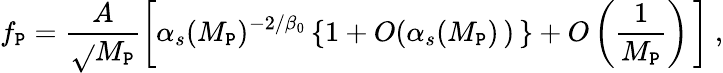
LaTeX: f_{\mathtt{P}}=\frac{{A}}{{\sqrt{}{{M_{\mathtt{P}}}}}}\left[\alpha_{s}(M_{\mathtt{P}})^{-2/\beta_{0}}\left\{ 1+O(\alpha_{s}(M_{\mathtt{P}})\, )\, \right\} +O\left(\frac{{1}}{{M_{\mathtt{P}}}}\right)\, \right]\ ,